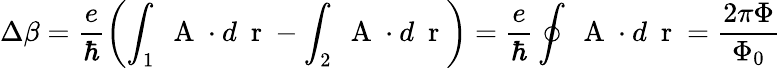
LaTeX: \Delta\beta=\frac{e}{\hbar}\left(\int_{1}\mathrm{~\mathbf~A~}\cdot d\mathrm{~\mathbf~r~}-\int_{2}\mathrm{~\mathbf~A~}\cdot d\mathrm{~\mathbf~r~}\right)=\frac{e}{\hbar}\oint\mathrm{~\mathbf~A~}\cdot d\mathrm{~\mathbf~r~}=\frac{2\pi\Phi}{\Phi_{0}}